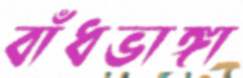
বাঁধভাঙ্গা